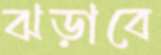
ঝড়াবে